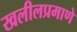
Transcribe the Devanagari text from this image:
खलीलप्रमाणे